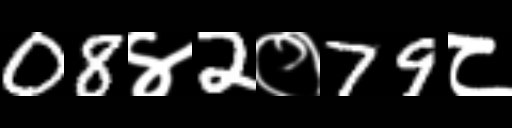
Text: 08४2०79८